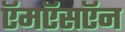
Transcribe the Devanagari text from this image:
ऍमऍसऍन